Vaccination in the Punjab 1867-1880 - 1867-1880
Year: 1867
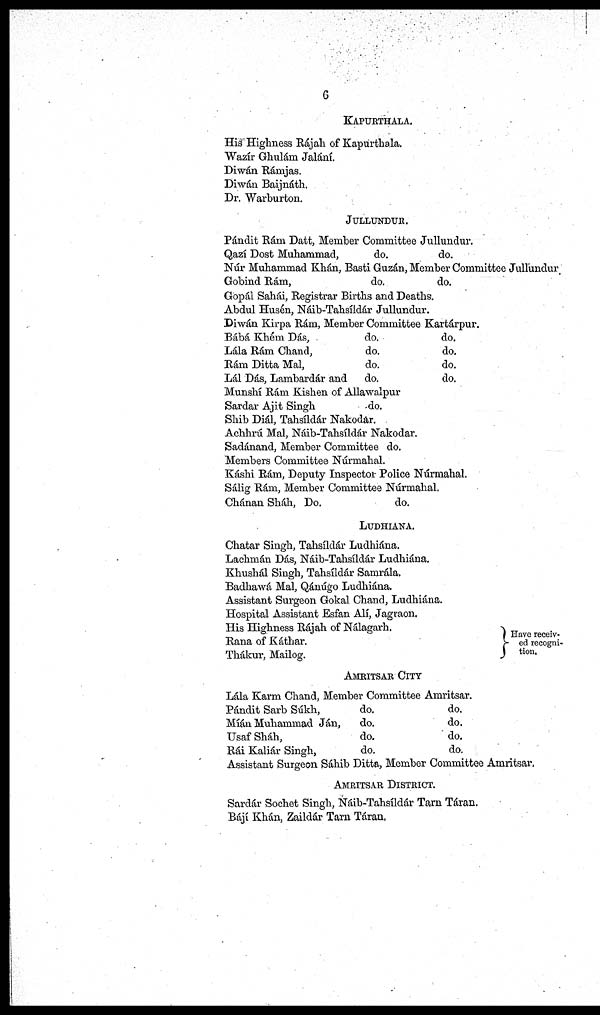
6
KAPURTHALA.
His Highness Rájah of Kapurthala.
Wazír Ghulám Jalání.
Diwán Rámjas.
Diwán Baijnáth.
Dr. Warburton.
JULLUNDUR.
Pándit Rám Datt, Member Committee Jullundur.
Qazí Dost Muhammad,
do.
do.
Núr Muhammad Khán, Basti Guzán, Member Committee Jullundur,
Gobind Rám,
do.
do.
Gopál Sahál, Registrar Births and Deaths.
Abdul Husén, Náib-Tahsíldár Jullundur.
Diwán Kirpa Rám, Member Committee Kartárpur.
Bábá Khém Dás,
do.
do,
Làla Rám Chand,
do.
do.
Rám Ditta Mal,
do.
do.
Lál Dás, Lambardár and do.
do.
Munshí Rám Kishen of Allawalpur
Sardar Ajit Singh
do.
Shib Diál, Tahsíldár Nakodar.
Achhrú Mal, Náib-Tahsíldár Nakodar.
Sadánand, Member Committee do.
Members Committee Núrmahal.
Káshi Rám, Deputy Inspector Police Núrmahal.
Sálig Rám, Member Committee Núrmahal.
Chánan Sháh, Do.
do.
LUDHIANA.
Chatar Singh, Tahsíldár Ludhiána.
Lachmán Dás, Náib-Tahsíldár Ludhiána.
Khushál Singh, Tahsíldár Samrála.
Badhawá Mal, Qánúgo Ludhiána.
Assistant Surgeon Gokal Chand, Ludhiána.
Hospital Assistant Esfan Alí, Jagraon.
His Highness Rájah of Nálagarh.
Rana of Káthar.
Thákur, Mailog.
Have receiv-
ed recogni-
tion.
AMAITSAR CITY
Lála Karm Chand, Member Committee Amritsar.
Pandit Sarb Súkh,
do.
do.
Míán Muhammad Ján,
do.
do.
Usaf Sháh,
do.
do.
Rái Kaliár Singh,
do.
do.
Assistant Surgeon Sáhib Ditta, Member Committee Amritsar.
AMRITSAR DISTRICT.
Sardár Sochet Singh, Náib-Tahsíldár Tarn Táran.
Bájí Khán, Zaildár Tarn Táran.